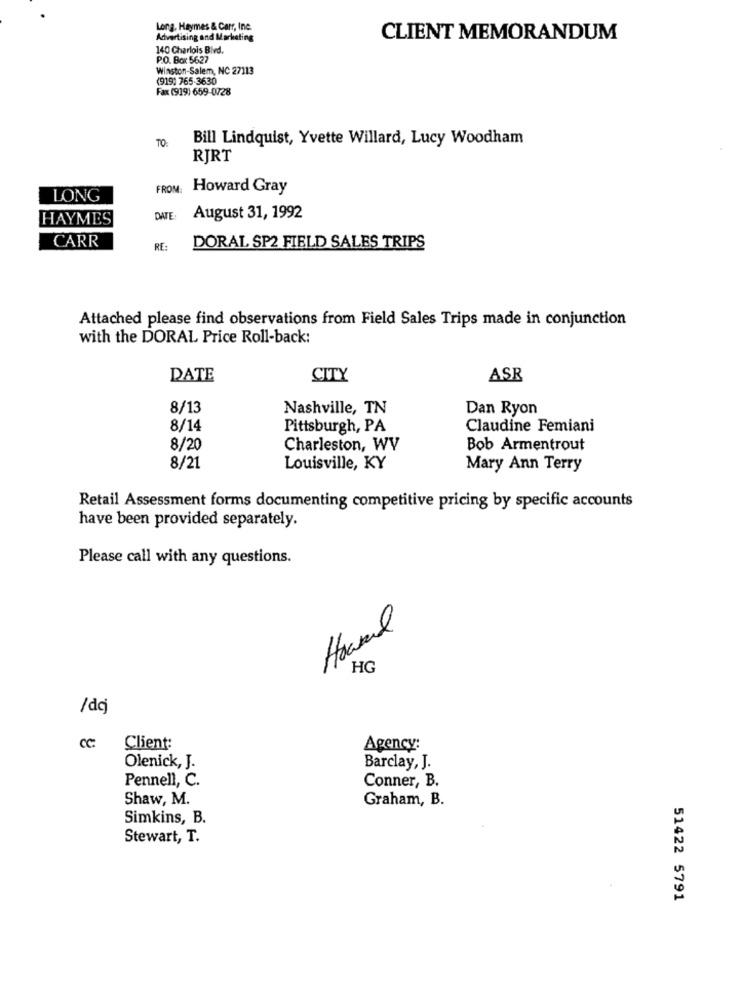
Long, Haymes & Carr, Inc.
Advertising and Marketing
CLIENT MEMORANDUM
140 Charlois Blvd.
P.O. Box: 5627
Winston-Salem, NC 27113
(919) 765-3630
Fax (919) 659-0728
TO
Bill Lindquist, Yvette Willard, Lucy Woodham
RJRT
FROM:
Howard Gray
LONG
HAYMES
DATE
August 31, 1992
CARR
RE:
DORAL SP2 FIELD SALES TRIPS
Attached please find observations from Field Sales Trips made in conjunction
with the DORAL Price Roll-back:
DATE
CITY
ASR
8/13
Nashville, TN
Dan Ryon
8/14
Pittsburgh, PA
Claudine Femiani
8/20
Charleston, WV
Bob Armentrout
8/21
Louisville, KY
Mary Ann Terry
Retail Assessment forms documenting competitive pricing by specific accounts
have been provided separately.
Please call with any questions.
Housed
HG
/dcj
CC:
Client:
Agency:
Olenick, J.
Barclay, J.
Pennell, C.
Conner, B.
Shaw, M.
Graham, B.
Simkins, B.
Stewart, T.
51422 5791